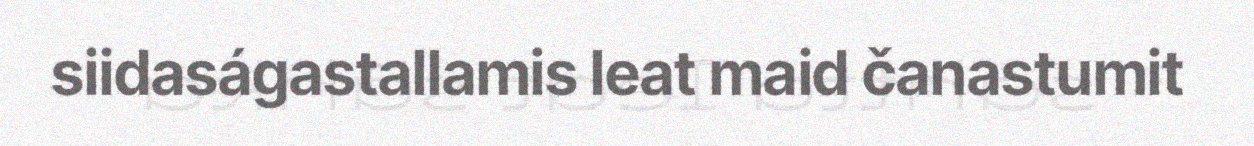
siidaságastallamis leat maid čanastumit